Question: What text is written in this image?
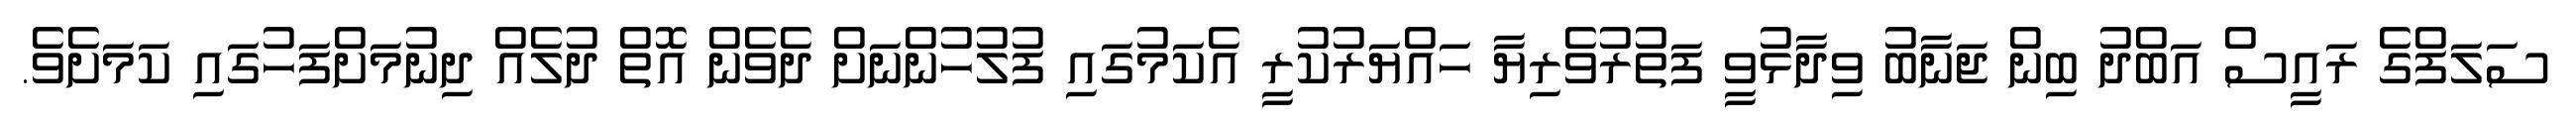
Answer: ސަލަފްގެ ރައީސް އަބްދު ބިން ޖަނާބު ވިދާޅުވީ ފަތުރުވެރިޔާ ހައްޔަރުކުރީ އެކަމުގައި ފުލުހުންނަށް ދެވެން އޮތް ދުލެއް ދިނުމަށްފަހުގައި ކަމަށެވެ.